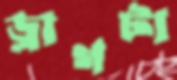
ড্রাগটা